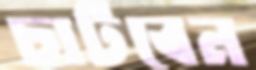
চাটবেন